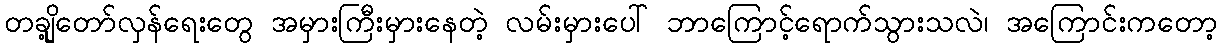
တချို့တော်လှန်ရေးတွေ အမှားကြီးမှားနေတဲ့ လမ်းမှားပေါ် ဘာကြောင့်ရောက်သွားသလဲ၊ အကြောင်းကတော့